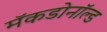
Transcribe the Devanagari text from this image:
मॅकडोनॉल्ड